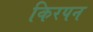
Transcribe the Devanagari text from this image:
किरपन